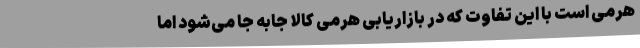
هرمی است با این تفاوت که در بازاریابی هرمی کالا جابه جا می‌شود اما